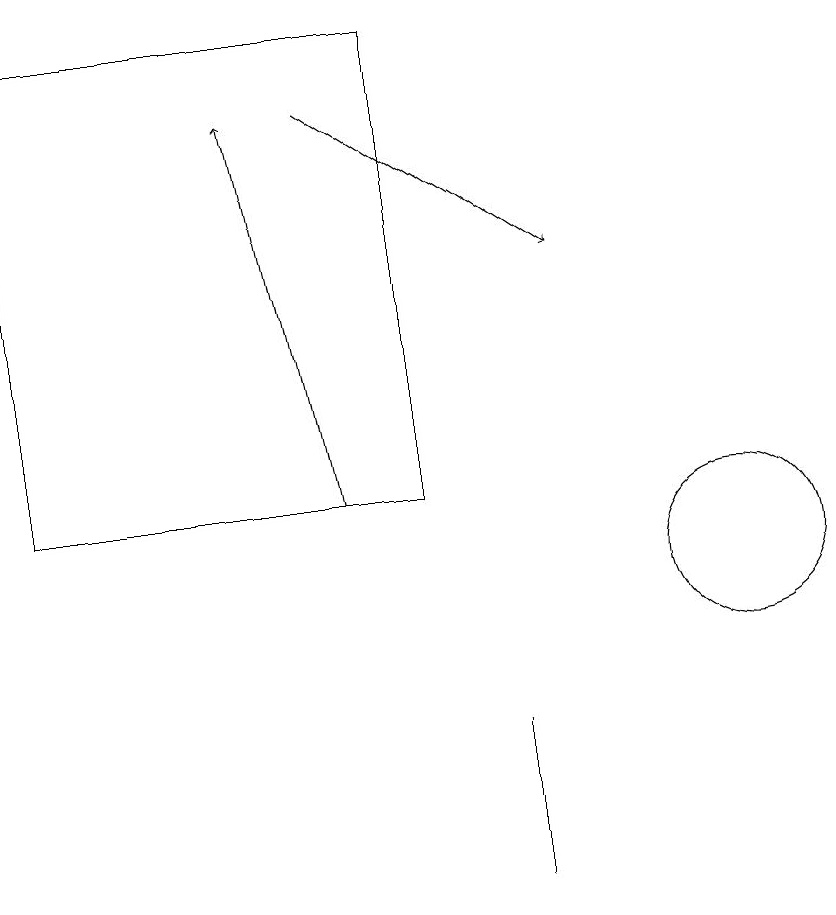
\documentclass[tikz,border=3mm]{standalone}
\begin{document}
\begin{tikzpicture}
\draw (7,7) -- (7,9) -- (7,9) -- cycle;
\draw[->] (5,17) -- (8,15);
\draw (6,12) rectangle (1,18);
\draw (10,11) circle (1);
\draw[->] (5,12) -- (4,17);
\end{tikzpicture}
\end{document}